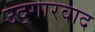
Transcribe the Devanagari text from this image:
उद्गारवाद